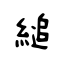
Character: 縋